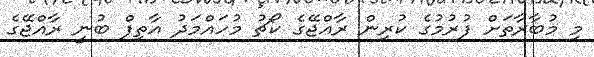
މި މުބާރާތަށް ފުރުމުގެ ކުރިން ރާއްޖޭގެ ކޯޗު މުހައްމަދު އާތިފް ބުނީ ރާއްޖޭގެ